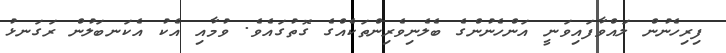
ފިރިހެނުން ލައްވާފައިވަނީ އަންހެނުންގެ ބެލެނިވެރިންތަކެއްގެ ގޮތުގައެވެ. ވުމާއި އެކު އެކަނބަލުން ރަގަނޅު